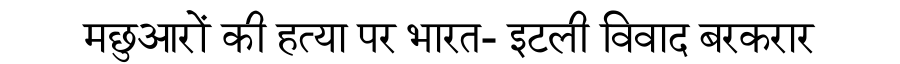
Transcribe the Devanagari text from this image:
मछुआरों की हत्या पर भारत- इटली विवाद बरकरार